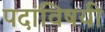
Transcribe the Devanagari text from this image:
पदांविषयी